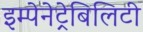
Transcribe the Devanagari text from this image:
इम्पेनेट्रेबिलिटी